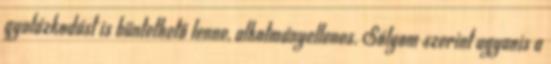
gyalázkodást is büntethető lenne, alkotmányellenes. Sólyom szerint ugyanis a